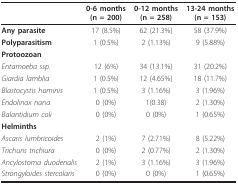
|  | 0-6 months(n = 200) | 0-12 months(n = 258) | 13-24 months(n = 153) |
 | --- | --- | --- | --- |
 | Any parasite | 17 (8.5%) | 62 (21.3%) | 58 (37.9%) |
 | Polyparasitism | 1 (0.5%) | 2 (1.13%) | 9 (5.88%) |
 | Protoozoan |  |  |  |
 | Entamoeba ssp. | 12 (6%) | 34 (13.1%) | 31 (20.2%) |
 | Giardia lamblia | 1 (0.5%) | 12 (4.65%) | 18 (11.7%) |
 | Blastocystis hominis | 1 (0.5%) | 3 (1.16%) | 3 (1.96%) |
 | Endolinax nana | 0 (0%) | 1(0.38) | 2 (1.30%) |
 | Balantidium coli | 0 (0%) | 0 (0%) | 1 (0.65%) |
 | Helminths |  |  |  |
 | Ascaris lumbricoides | 2 (1%) | 7 (2.71%) | 8 (5.22%) |
 | Trichuris trichiura | 0 (0%) | 2 (0.77%) | 2 (1.30%) |
 | Ancylostoma duodenalis | 2 (1%) | 3 (1.16%) | 3 (1.96%) |
 | Strongyloides stercolaris | 0 (0%) | 0 (0%) | 1 (0.65%) |